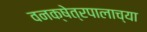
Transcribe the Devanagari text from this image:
वनक्षेत्रपालाच्या